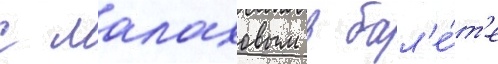
с малаховым в бал'е́т'е